Kambja_algkool, lk 108
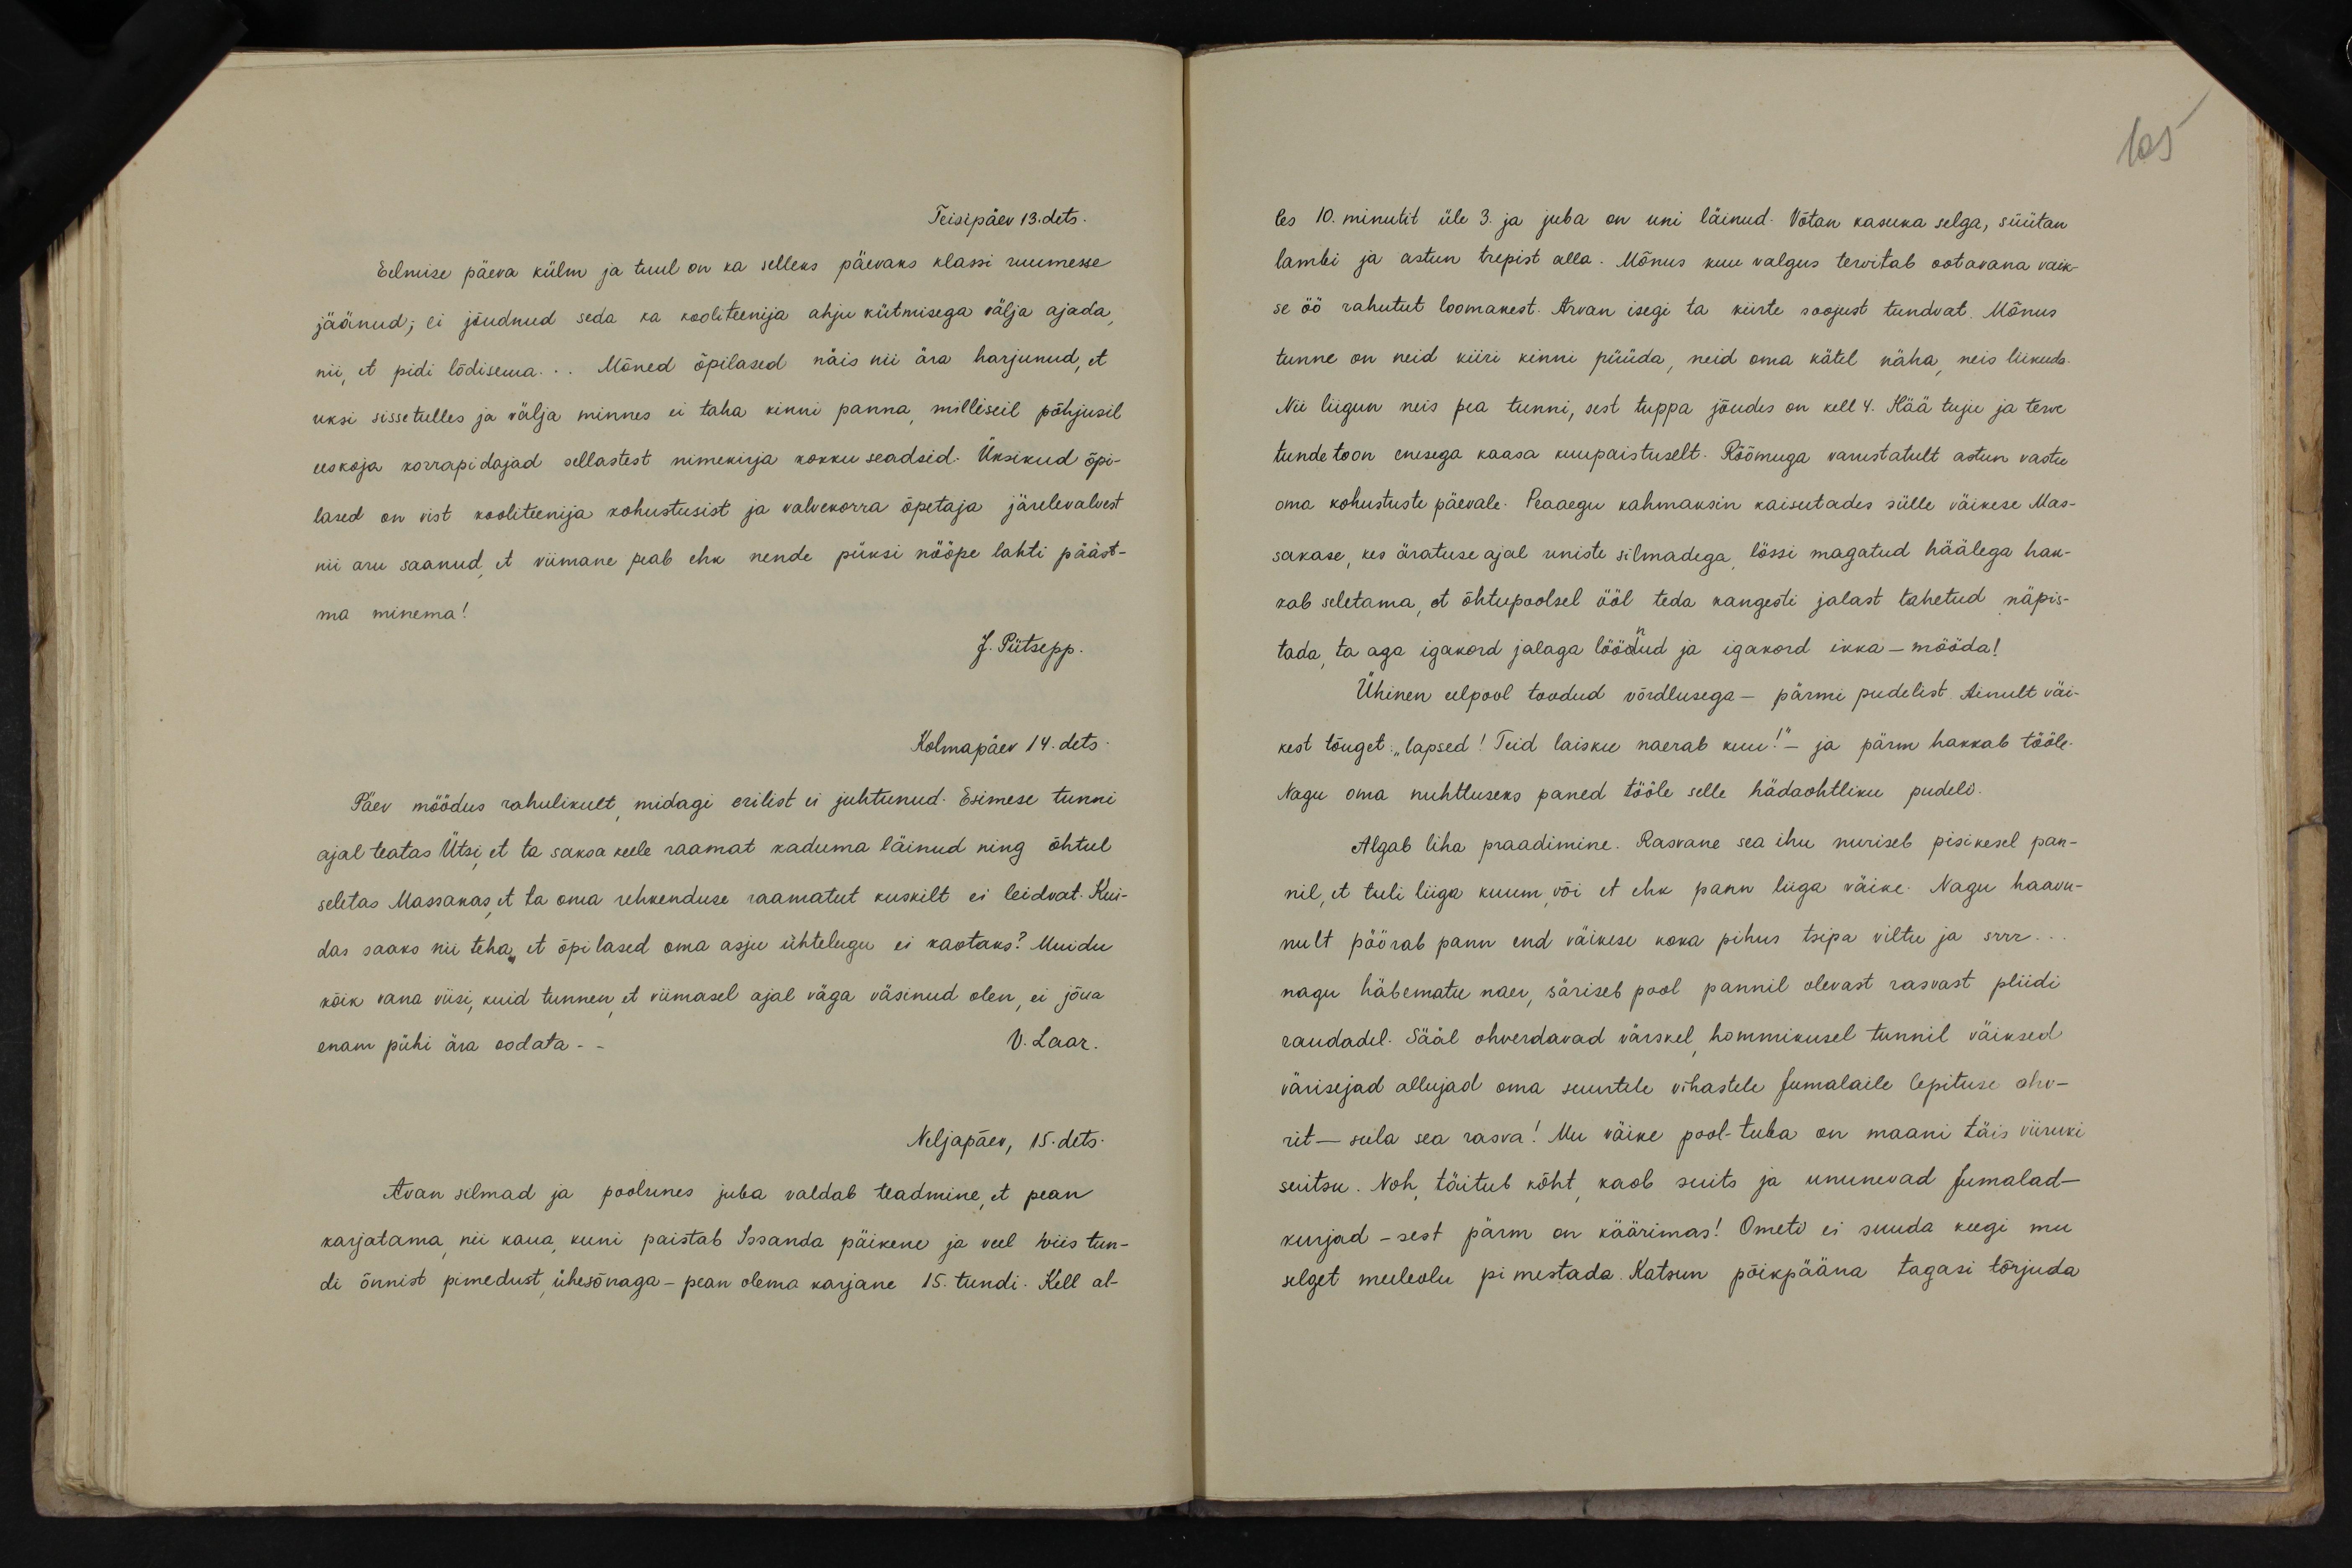
Teisipäev 13.dets.
Eelmise päeva külm ja tuul on ka selleks päevaks klassi ruumesse
jäänud; ei jõudnud seda ka kooliteenija ahju kütmisega välja ajada,
nii, et pidi lõdisema... Mõned õpilased näis nii ära harjunud, et
uksi sissetulles ja välja minnes ei taha kinni panna, milliseil põhjusil
eeskoja korrapidajad sellastest nimekirja kokku seadsid. Üksikud õpi-
lased on vist kooliteenija kohustusist ja valvekorra õpetaja järelevalvest
nii aru saanud, et viimane peab ehk nende püksi nööpe lahti pääst-
ma minema!
J. Pütsepp.
Kolmapäev 14. dets.
Päev möödus rahulikult, midagi erilist ei juhtunud. Esimese tunni
ajal teatas Ütsi, et ta saksa keele raamat kaduma läinud ning õhtul
seletas Massanas, et ta oma rehkenduse raamatut kuskilt ei leidvat. Kui-
das saaks nii teha, et õpilased oma asju ühtelugu ei kaotaks? Muidu
kõik vana viisi, kuid tunnen, et viimasel ajal väga väsinud olen, ei jõua
enam pühi ära oodata - -
V. Laar.
Neljapäev, 15. dets.
Avan silmad ja poolunes juba valdab teadmine, et pean
karjatama, nii kaua, kuni paistab Issanda päikene ja veel viis tun-
di õnnist pimedust, ühesõnaga - pean olema karjane 15. tundi. Kell al-

105
les 10. minutit üle 3. ja juba on uni läinud. Võtan kasuka selga, süütan
lambi ja astun trepist alla. Mõnus kuu valgus tervitab ootavana vaik-
se öö rahutut loomakest. Arvan isegi ta kiirte soojust tundvat. Mõnus
tunne on neid kiiri kinni püüda, neid oma kätel näha, neis liikuda.
Nii liigun neis pea tunni, sest tuppa jõudes on kell 4. Kää tuju ja terve
tunde toon enesega kaasa kuupaistuselt. Rõõmuga varustatult astun vastu
oma kohustuste päevale. Peaaegu kahmaksin kaisutades sülle väikese Mas-
sakase, kes äratuse ajal uniste silmadega, lössi magatud häälega hak-
vab seletama, et õhtupoolsel ööl teda kangesti jalast tahetud näpis-
tada, ta aga igakord jalaga löödud ja igakord ikka - mööda!
Ühinen eelpool toodud võrdlusega - pärmi pudelist. Ainult väi-
kest tõuget: "lapsed! Teid laisku naerab kuu!" - ja pärm hakkab tööle.
Nagu oma nuhtluseks paneb tööle selle hädaohtliku pudeli.
Algab liha praadimine. Rasvane sea ihu nuriseb pisikesel pan-
nil, et tuli liiga kuum, või et ehk pann liiga väike. Nagu haavu-
nult pöörab pann end väikese koha pihus tsipa viltu ja srrr...
nagu häbematu naer, säriseb pool pannil olevast rasvast pliidi
raudadel. Sääl ohverdavad värskel hommikusel tunnil väiksed
värisejad allujad oma suurtele vihastele Jumalaile lepituse ohv-
rit - sula sea rasva! Mu väike pool-tuba on maani täis viiruki-
suitsu. Noh täitub kõht, kaob suits ja ununevad Jumalad-
kurjad - sest pärm on käärimas! Ometi ei suuda keegi mu
selget meeleolu pimestada. Katsun põikpääna tagasi tõrjuda